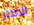
الاطار